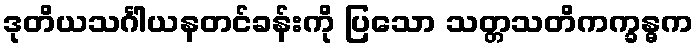
ဒုတိယသင်္ဂါယနတင်ခန်းကို ပြသော သတ္တသတိကက္ခန္ဓက